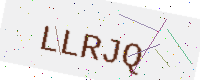
Text: LLRJQ